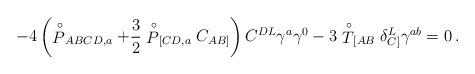
LaTeX: \begin{align*}-4 \left( \stackrel{\circ}{P}_{ABCD,a}+ \frac{3}{2}\stackrel{\circ}{P}_{[CD,a}C_{AB]}\right) C^{DL}\gamma^a\gamma^0-3\stackrel{\circ}{T}_{[AB}\delta^L_{C]}\gamma^{ab}=0\, .\end{align*}